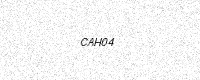
Text: CAH04